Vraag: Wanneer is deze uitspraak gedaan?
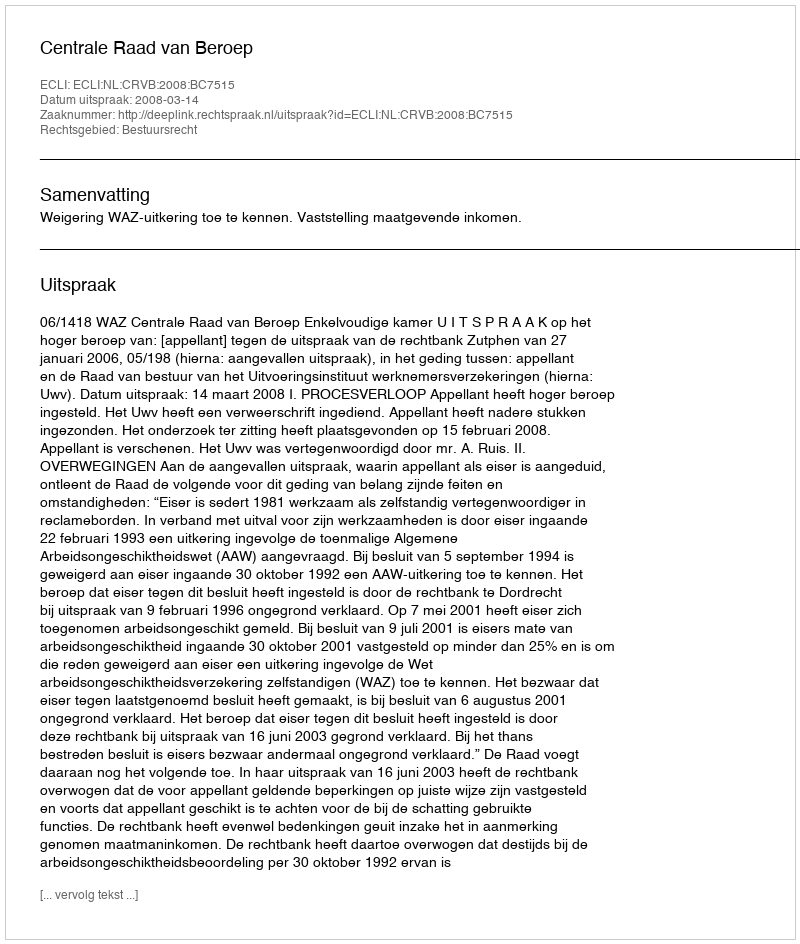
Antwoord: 2008-03-14